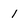
Character: I